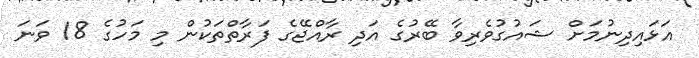
އަޅައިދިނުމަށް ޝައުގުވެރިވާ ބޭރުގެ އަދި ރާާއްޖޭގެ ފަރާތްތަކުން މި މަހުގެ 18 ވަނަ